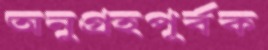
অনুগ্রহপূর্বক